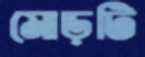
মোড়টি